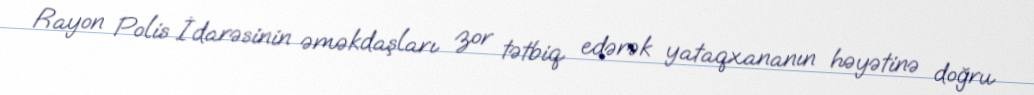
Rayon Polis İdarəsinin əməkdaşları zor tətbiq edərək yataqxananın həyətinə doğru